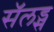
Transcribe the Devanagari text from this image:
सॅलड्स